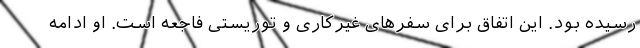
رسیده بود. این اتفاق برای سفرهای غیرکاری و توریستی فاجعه است. او ادامه